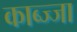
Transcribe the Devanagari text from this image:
काब्ज्जा